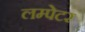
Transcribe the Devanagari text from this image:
लम्पेटर